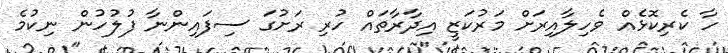
ހާ ކެރިކޮޅެއް ވެހިލާއިރަށް މަރުކަޒީ އިދާރާތައް ހުރި ރަށުގަ ސިފައިންނާ ފުލުހުން ނިކުމެ